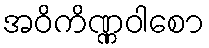
အဝိကိဏ္ဏဝါစော